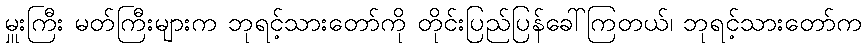
မှူးကြီး မတ်ကြီးများက ဘုရင့်သားတော်ကို တိုင်းပြည်ပြန်ခေါ်ကြတယ်၊ ဘုရင့်သားတော်က